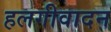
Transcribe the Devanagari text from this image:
हलगीवादन